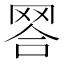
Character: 𦊪